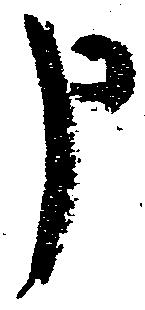
申